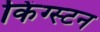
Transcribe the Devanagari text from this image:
किंग्‍स्‍टन